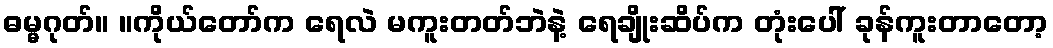
ဓမ္မဂုတ်။ ။ကိုယ်တော်က ရေလဲ မကူးတတ်ဘဲနဲ့ ရေချိုးဆိပ်က တုံးပေါ် ခုန်ကူးတာတော့